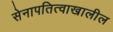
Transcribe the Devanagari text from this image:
सेनापतित्वाखालील